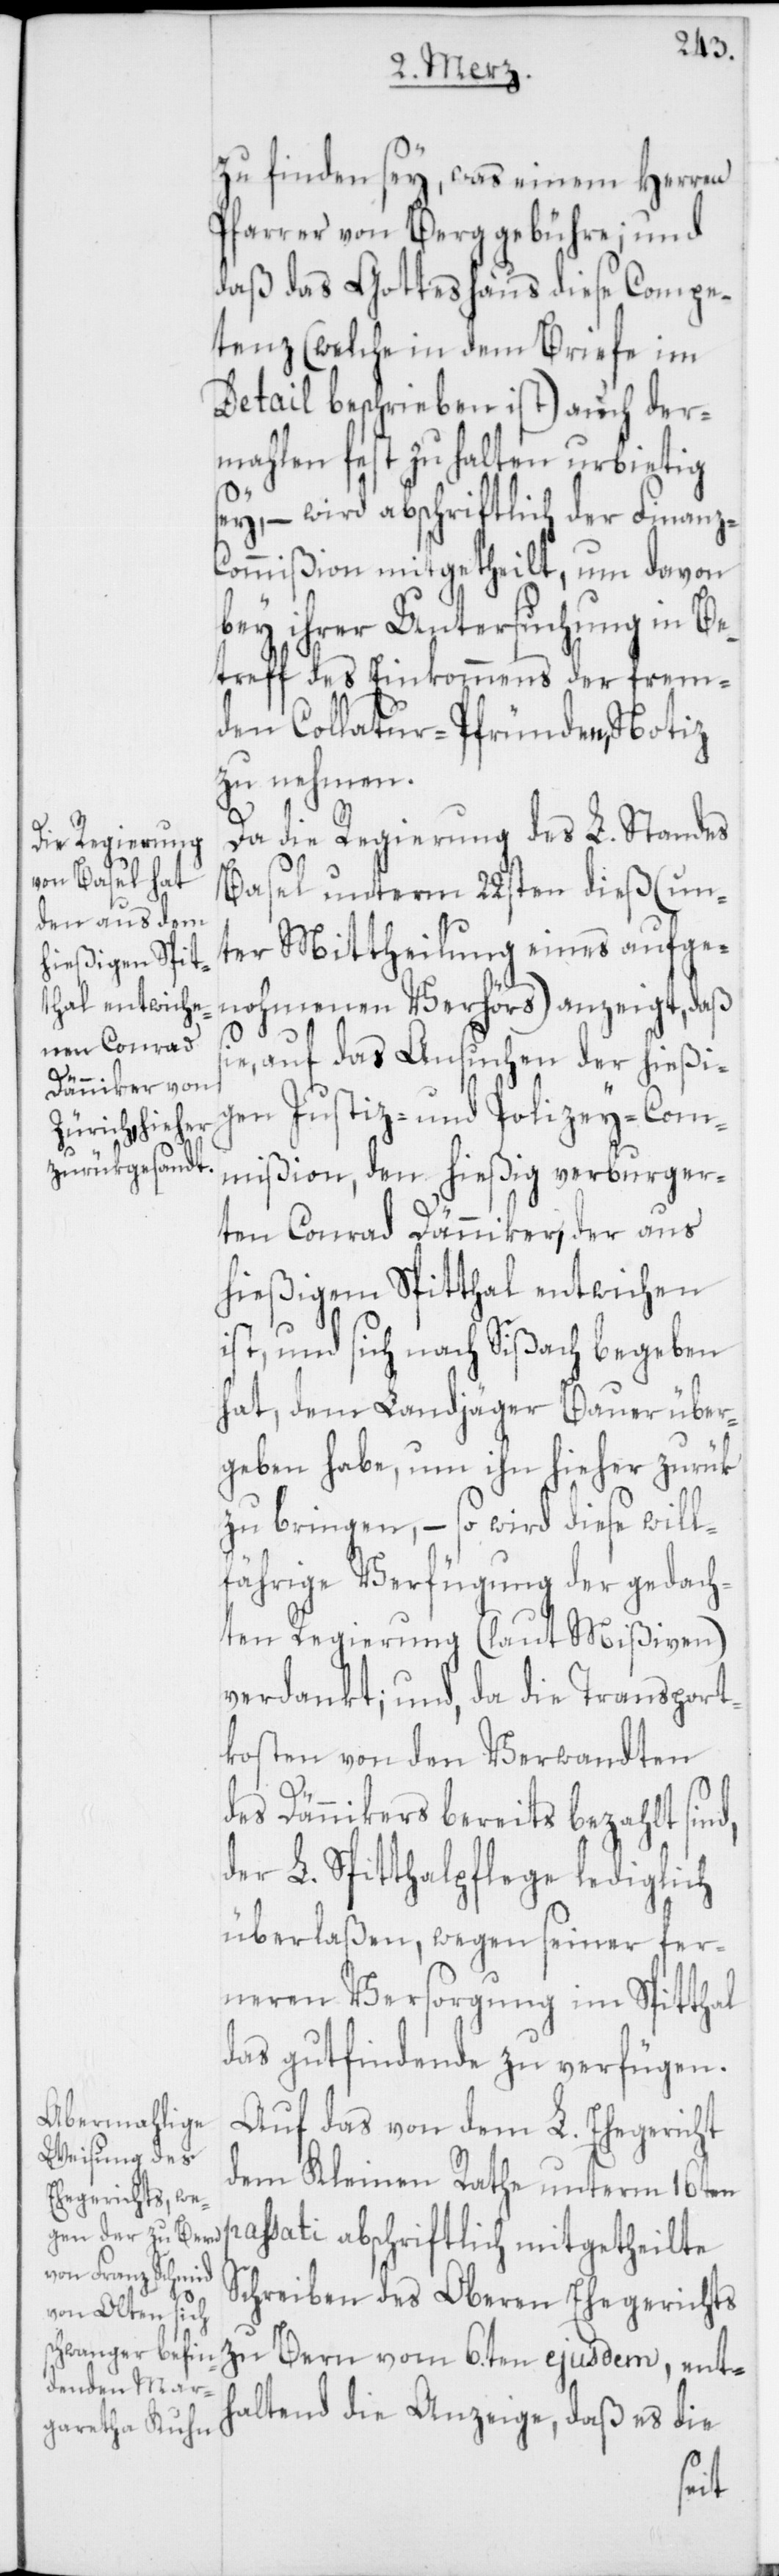
zu finden sey, was einem Herren
Pfarrer von Berg gebühre; und
daß das Gotteshaus diese Compe¬
tenz (welche in dem Briefe im
Detail beschrieben ist) auch der¬
mahlen fest zu halten urbietig
sey, – wird abschriftlich der Finanz-C¬
ommißion mitgetheilt, um davon
bey ihrer Untersuchung in Be¬
treff des Einkommens der frem¬
den Collatur-Pfründen, Notiz
zu nehmen.
Da die Regierung des L. Standes
Basel unterm 22sten dieß, (un¬
ter Mittheilung eines aufge¬
nohmenen Verhörs) anzeigt, daß
e, auf das Ansuchen der hießi¬
gen Justiz- und Polizey-Com¬
mißion, den hießig verburgere¬
ten Conrad Dänniker, der aus
hießigem Spitthal entwichen
ist, und sich nach Sißach begeben
hat, dem Landjäger Bauer über¬
geben habe, um ihn hieher zurük
zu bringen, – so wird diese will¬
fährige Verfügung der gedach¬
ten Regierung (laut Mißiven)
verdankt; und, da die Transport¬
kosten von den Verwandten
des Dännikers bereits bezahlt sind,
der L. Spitthalpflege lediglich
überlaßen, wegen seiner fer¬
neren Versorgung im Spitthal
das gutfindende zu verfügen.
Auf das von dem L. Ehegericht
dem Kleinen Rathe unterm 16ten
passati abschriftlich mitgetheilte
Schreiben des Oberen Ehegerichts
zu Bern vom 6.ten ejusdem, ent¬
haltend die Anzeige, daß es die
si¬